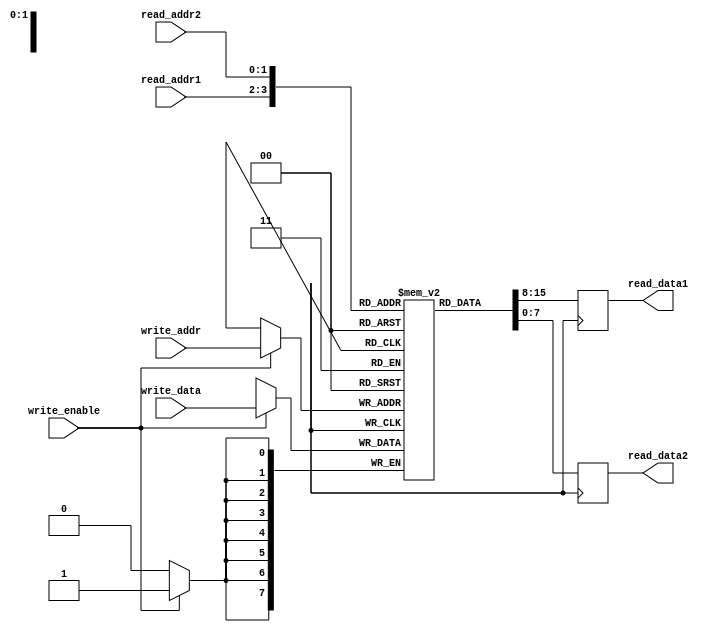
module RegisterFile (
    input wire [1:0] write_addr,
    input wire [1:0] read_addr1,
    input wire [1:0] read_addr2,
    input wire write_enable,
    input wire [7:0] write_data,
    output reg [7:0] read_data1,
    output reg [7:0] read_data2
);

reg [7:0] regs [3:0];

always @(posedge clock) begin
    if (write_enable) begin
        regs[write_addr] <= write_data;
    end
    
    read_data1 <= regs[read_addr1];
    read_data2 <= regs[read_addr2];
end

endmodule